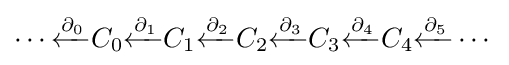
\cdots {\xleftarrow {\partial _{0}}}C_{0}{\xleftarrow {\partial _{1}}}C_{1}{\xleftarrow {\partial _{2}}}C_{2}{\xleftarrow {\partial _{3}}}C_{3}{\xleftarrow {\partial _{4}}}C_{4}{\xleftarrow {\partial _{5}}}\cdots